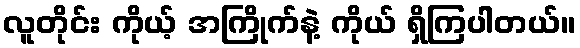
လူတိုင်း ကိုယ့် အကြိုက်နဲ့ ကိုယ် ရှိကြပါတယ်။